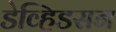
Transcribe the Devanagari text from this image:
डेव्हिडसन